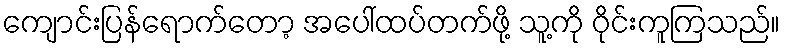
ကျောင်းပြန်ရောက်တော့ အပေါ်ထပ်တက်ဖို့ သူ့ကို ဝိုင်းကူကြသည်။